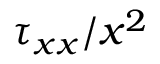
\tau _ { x x } / x ^ { 2 }